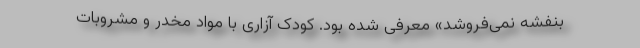
بنفشه نمی‌فروشد» معرفی شده بود. کودک آزاری با مواد مخدر و مشروبات